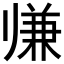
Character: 𱍵